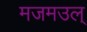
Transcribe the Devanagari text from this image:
मजमउल्